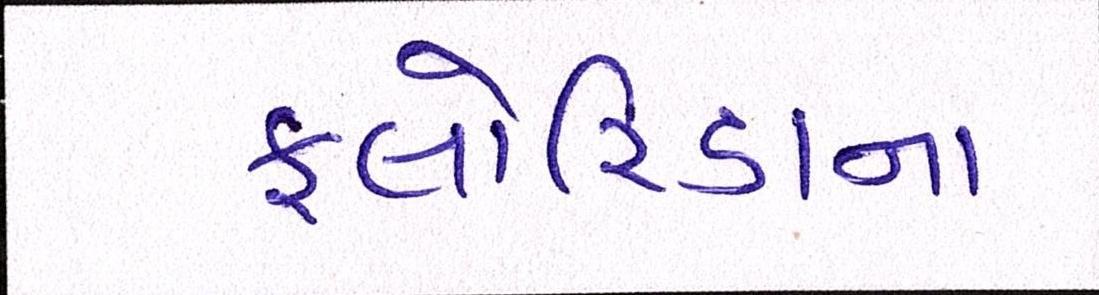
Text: ફ્લોરિડાના